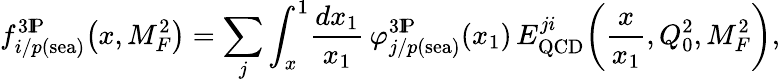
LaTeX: f_{i/p(\mathrm{sea})}^{3\mathrm{I}\! \mathrm{P}}\! \left(x,M_{F}^{2}\right)=\sum_{j}\int_{x}^{1}\! \frac{dx_{1}}{x_{1}}\, \varphi_{j/p(\mathrm{sea})}^{3\mathrm{I}\! \mathrm{P}}\! \left(x_{1}\right)\, E_{\mathrm{QCD}}^{ji}\! \left(\frac{x}{x_{1}},Q_{0}^{2},M_{F}^{2}\right),